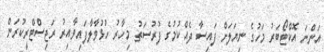
އަންނަ އޮކްޓޯބަރު މަހުގެ ނިޔަލަށް ފައިސާ ދެއްކުމުގެ ފުރުސަތު މިހާރު ހުޅުވާލާފައިވާއިރު ރަޖިސްޓްރީކުރަން